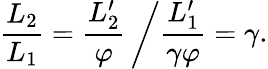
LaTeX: {\frac{L_{2}}{L_{1}}}={\frac{L_{2}^{\prime}}{\varphi}}\left/{\frac{L_{1}^{\prime}}{\gamma\varphi}}\right.=\gamma.